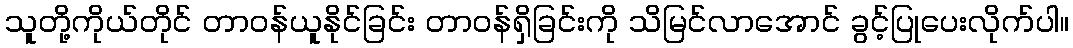
သူတို့ကိုယ်တိုင် တာဝန်ယူနိုင်ခြင်း တာဝန်ရှိခြင်းကို သိမြင်လာအောင် ခွင့်ပြုပေးလိုက်ပါ။